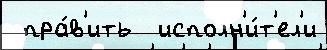
 пра́в'ить  исполн'и́т'ел'и